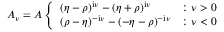
A _ { \nu } = { \cal A } \left\{ \begin{array} { l l } { ( \eta - \rho ) ^ { \mathrm { i } \nu } - ( \eta + \rho ) ^ { \mathrm { i } \nu } } & { : \nu > 0 } \\ { ( \rho - \eta ) ^ { - \mathrm { i } \nu } - ( - \eta - \rho ) ^ { - \mathrm { i } \nu } } & { : \nu < 0 } \end{array} \right.